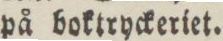
på boktryckeriet.